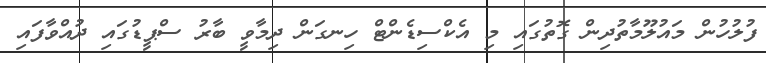
ފުލުހުން މައުލޫމާތުދިން ގޮތުގައި މި އެކްސިޑެންޓް ހިނގަން ދިމާވީ ބާރު ސްޕީޑުގައި ދުއްވާފައި